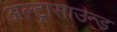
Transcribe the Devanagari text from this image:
अल्‍ट्रासाउन्‍ड